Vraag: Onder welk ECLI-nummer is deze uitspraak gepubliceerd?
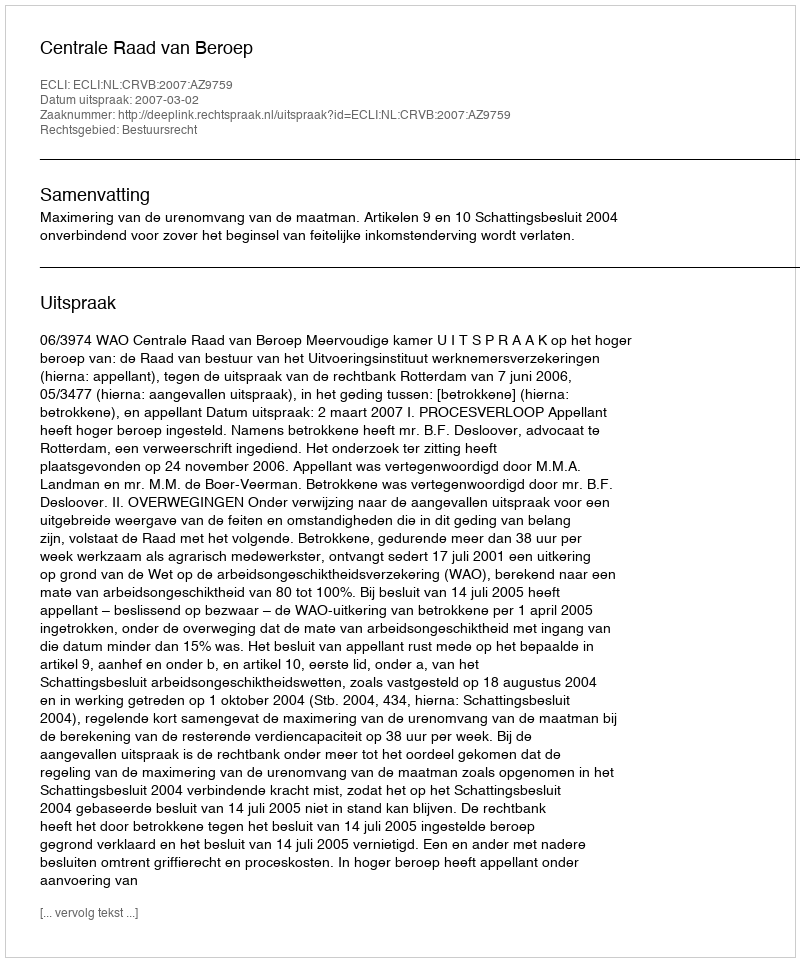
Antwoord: ECLI:NL:CRVB:2007:AZ9759